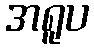
အရူပ